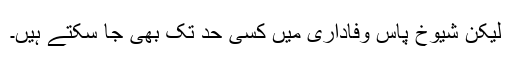
لیکن شیوخ پاسِ وفاداری میں کسی حد تک بھی جا سکتے ہیں۔